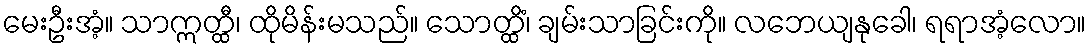
မေးဦးအံ့။ သာဣတ္ထီ၊ ထိုမိန်းမသည်။ သောတ္ထိံ၊ ချမ်းသာခြင်းကို။ လဘေယျနုခေါ၊ ရရာအံ့လော။